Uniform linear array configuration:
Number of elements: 64
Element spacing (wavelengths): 0.5
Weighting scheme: kaiser
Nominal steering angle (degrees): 60
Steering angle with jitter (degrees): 61.115
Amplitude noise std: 0.05
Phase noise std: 0.05

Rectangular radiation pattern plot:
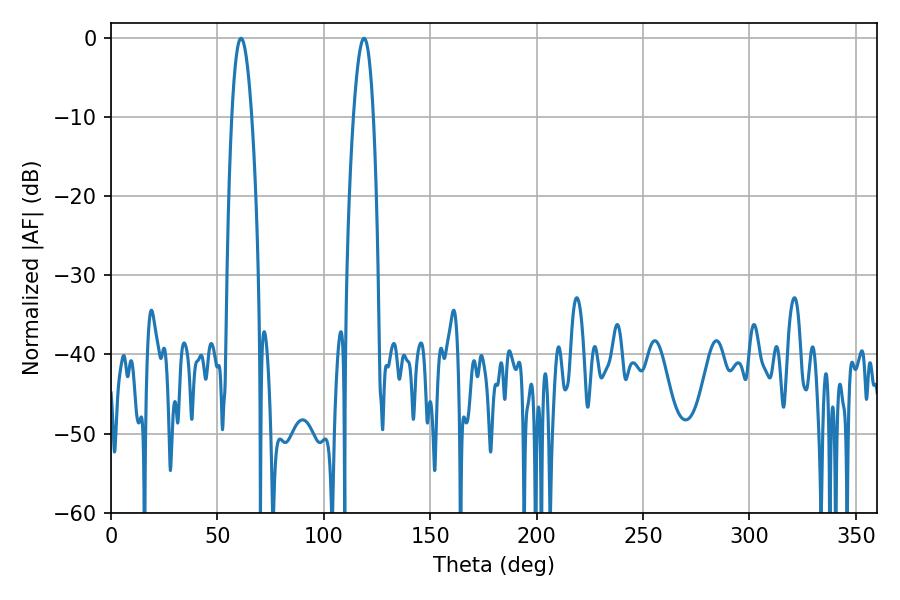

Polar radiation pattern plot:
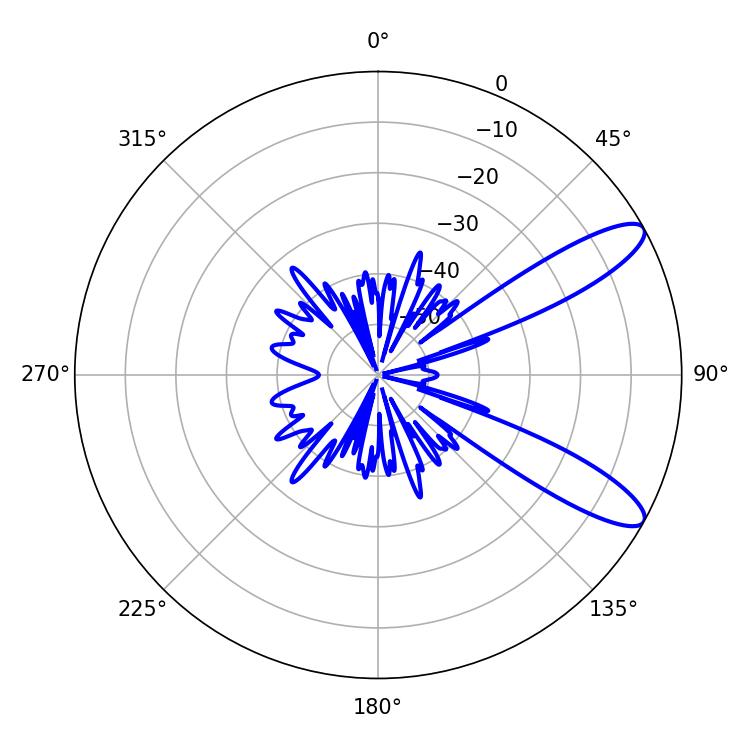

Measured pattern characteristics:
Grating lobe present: FALSE
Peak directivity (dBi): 10.695
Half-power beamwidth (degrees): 5.04
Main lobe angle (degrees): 61.02